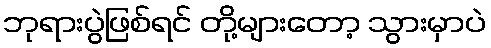
ဘုရားပွဲဖြစ်ရင် တို့များတော့ သွားမှာပဲ